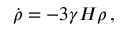
\dot { \rho } = - 3 \gamma H \rho \, ,